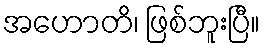
အဟောတိ၊ ဖြစ်ဘူးပြီ။